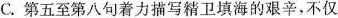
C.第五至第八句着力描写精卫填海的艰辛，不仅